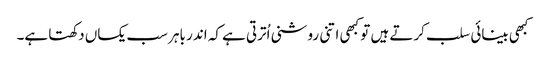
کبھی بینائی سلب کرتے ہیں تو کبھی اتنی روشنی اُترتی ہے کہ اندر باہر سب یکساں دکھتا ہے۔